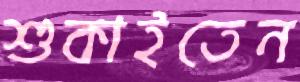
শুকাইতেন